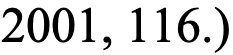
2001, 116.)